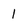
Character: 1